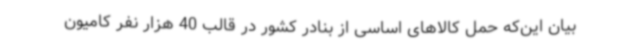
بیان این‌که حمل کالاهای اساسی از بنادر کشور در قالب 40 هزار نفر کامیون